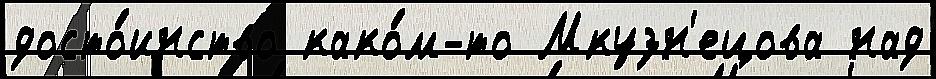
досто́инство како́м-то Мкузн'ецова над